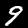
Digit: 9